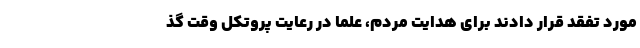
مورد تفقد قرار دادند برای هدایت مردم، علما در رعایت پروتکل وقت گذ